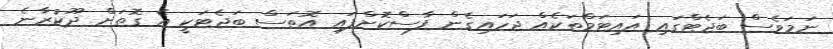
ނަމަވެސް ބަޖެޓްގައި އައިޓަމްތަކެއް ޖަހައިގެން ފާސްކޮށްފައި އޮތަސް ބަޖެޓަކީ އެ ގޮތަށް ދޫކުރާނެ